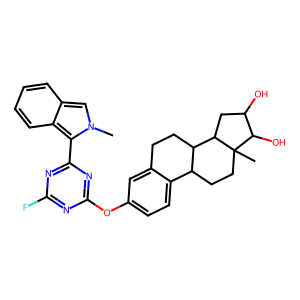
SMILES: Cn1cc2ccccc2c1-c1nc(F)nc(Oc2ccc3c(c2)CCC2C3CCC3(C)C(O)C(O)CC23)n1
Inhibits HIV replication: No